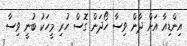
އިންޑިއާ އަށް ދާން ވިސާ ހޯދަން ގޮސް ހުރި މީހަކު ބުނީ ވިސާ